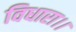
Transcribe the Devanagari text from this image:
विधारा।।